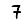
Digit: 7